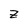
Character: Z